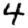
Digit: 4